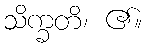
သိက္ခတိ၊ ၏။